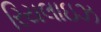
રિયલાઇઝ